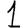
Digit: 1